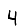
Digit: 4